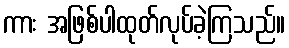
ကား အဖြစ်ပါထုတ်လုပ်ခဲ့ကြသည်။